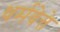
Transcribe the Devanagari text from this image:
धर्मवेत्ते